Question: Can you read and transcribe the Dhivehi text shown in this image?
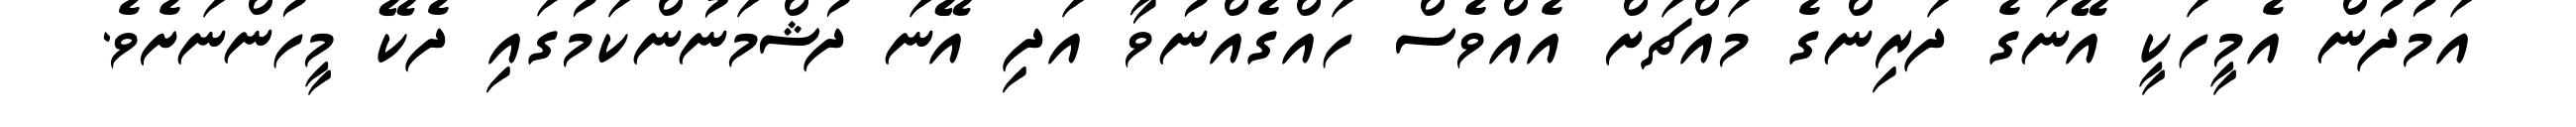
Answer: އަމުދުން އެމީހަކީ އޭނަގެ ދަރިންގެ މައްޗަށް އެއްވެސް ހައްގެއްނުވާ އަދި އޭނަ ދުޝްމަނުންކަމުގައި ދެކޭ މީހުންނަށެވެ.